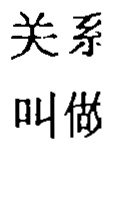
关系
叫做